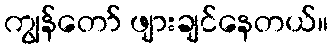
ကျွန်တော် ဖျားချင်နေတယ်။